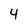
Character: 4